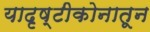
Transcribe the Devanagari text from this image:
यादृष्टीकोनातून